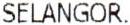
SELANGOR.